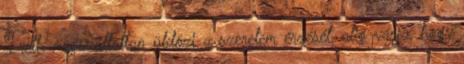
Ireth megszállottan üldözi a szerelem érzését, alig várja, hogy